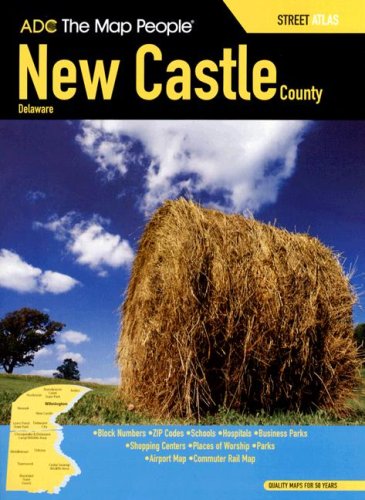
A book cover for ADC The Map People New Castle County, Delaware; Not Available (Na) ADC the Map People; Travel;